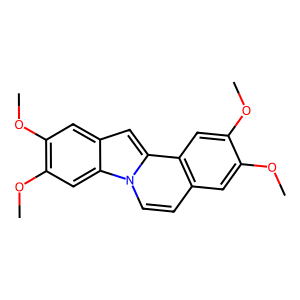
SMILES: COc1cc2ccn3c4cc(OC)c(OC)cc4cc3c2cc1OC
Inhibits HIV replication: No